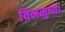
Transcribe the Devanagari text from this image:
विमनुष्या